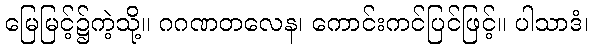
မြေမြင့်၌ကဲ့သို့။ ဂဂဏတလေန၊ ကောင်းကင်ပြင်ဖြင့်။ ပါသာဒံ၊